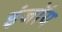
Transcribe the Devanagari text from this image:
इंजॉय